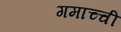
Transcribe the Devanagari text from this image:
गमाच्ची